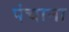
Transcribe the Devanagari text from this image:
पंचाना